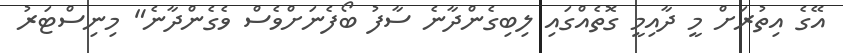
އޭގެ އިތުރަށް މީ ދާއިމީ ގޮތެއްގައި ލިބިގެންދާނެ ސާފު ބޯފެނަށްވެސް ވެގެންދާނެ" މިނިސްޓަރު